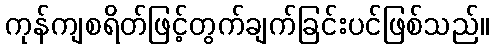
ကုန်ကျစရိတ်ဖြင့်တွက်ချက်ခြင်းပင်ဖြစ်သည်။